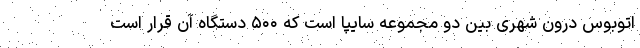
اتوبوس درون شهری بین دو مجموعه سایپا است که ۵۰۰ دستگاه آن قرار است